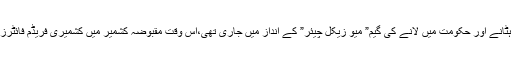
جب 1990کے بعد پاکستان میں اقتدار سے ہٹانے اور حکومت میں لانے کی گیم” میو زیکل چیئر” کے انداز میں جاری تھی،اس وقت مقبوضہ کشمیر میں کشمیری فریڈم فائٹرز کے خاتمے کا عمل تیز سے تیز ہو رہا تھا۔